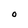
Character: O